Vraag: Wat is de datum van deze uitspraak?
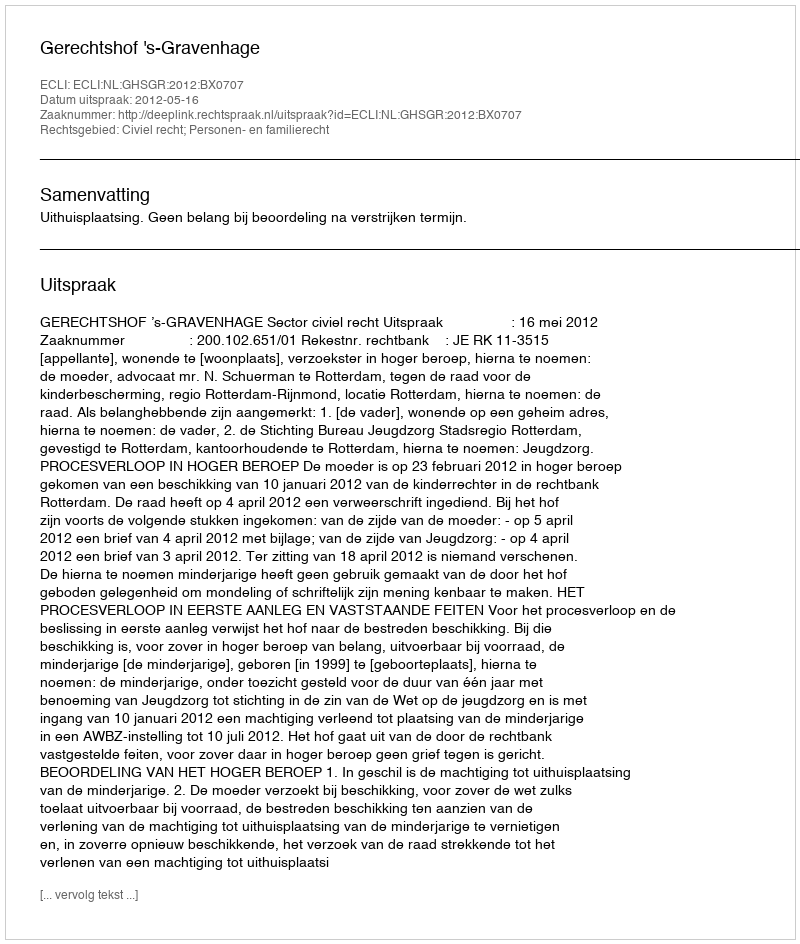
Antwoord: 2012-05-16